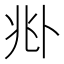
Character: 𠧞